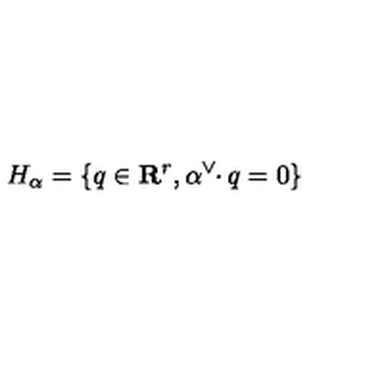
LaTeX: H _ { \alpha } = \{ q \in \mathbf { R } ^ { r } , \alpha ^ { \vee } \! \! \cdot q = 0 \}